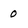
Character: 0